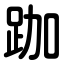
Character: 跏